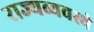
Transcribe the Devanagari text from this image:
राज्यव्यवस्थे